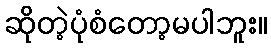
ဆိုတဲ့ပုံစံတော့မပါဘူး။